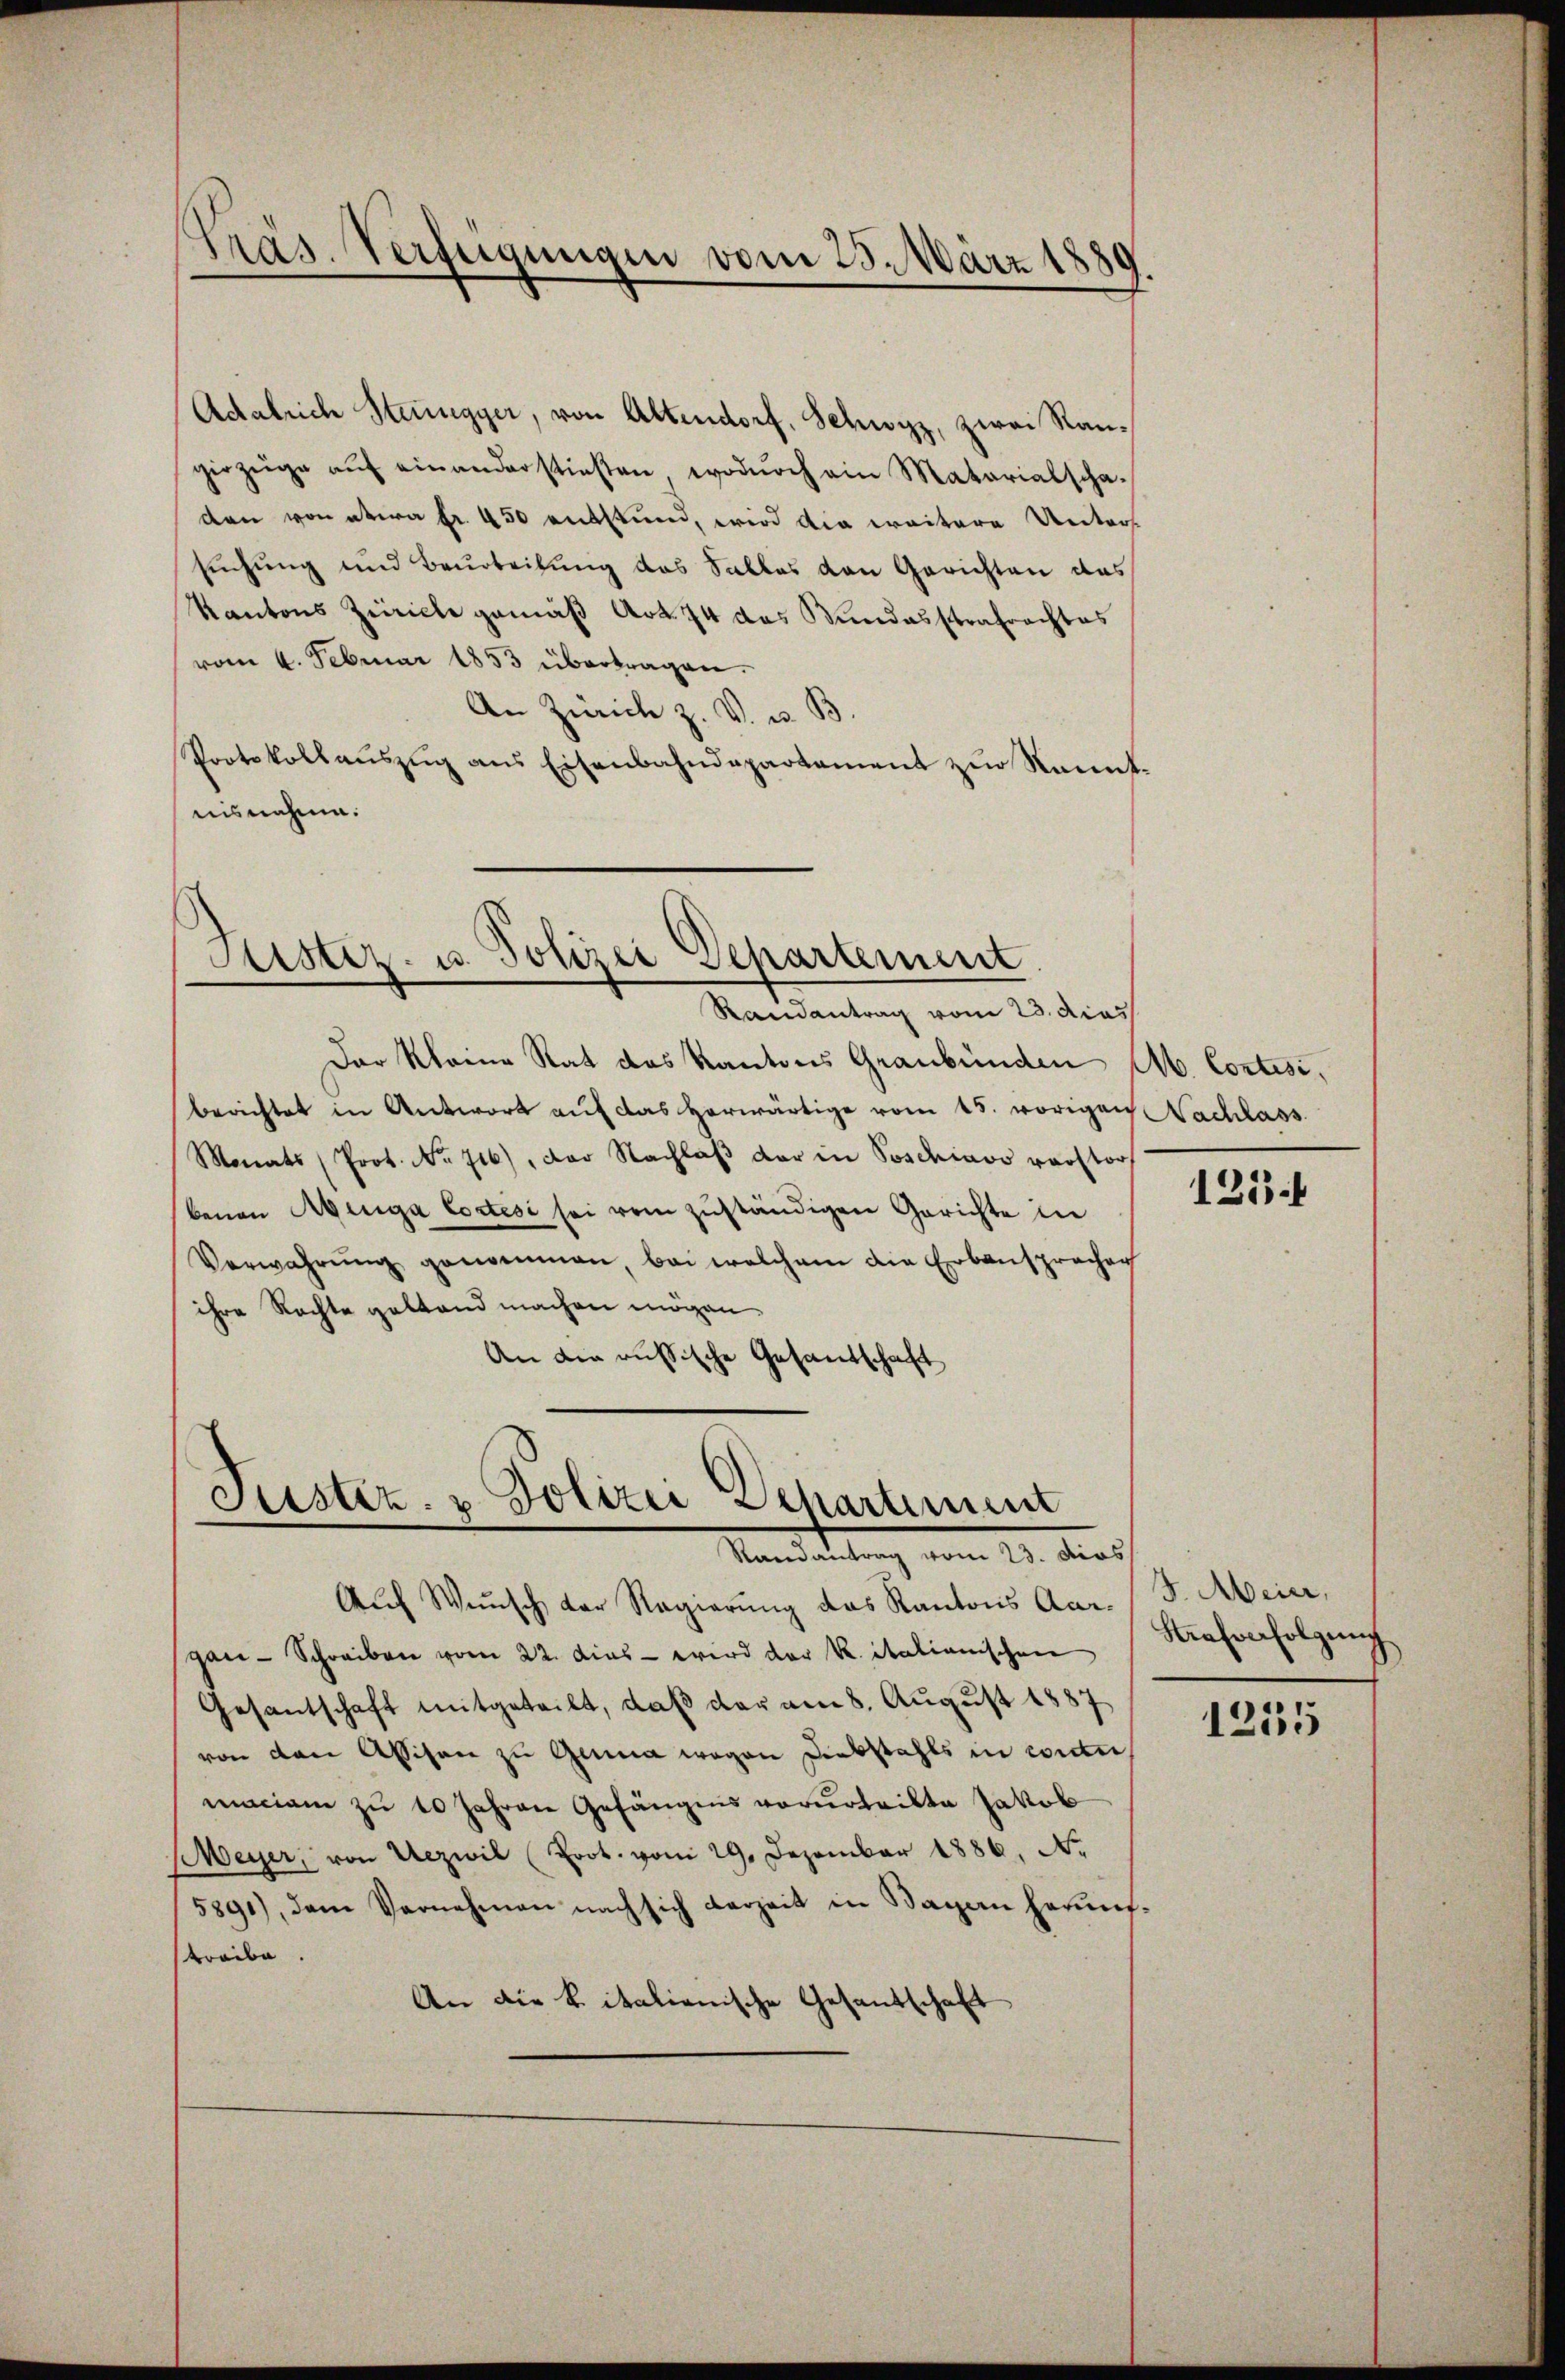
Adalrich Steinegger, von Altendorf, Schwyz, zwei Raugirzüge aŭf einanderstiesten, wodŭrch ein Matarialscha-
den von etwa Fr. 450 entstund, wird die weitere Unters
suchung und Beurteilung des Salles den Gerichten das
Kantons Züricle gemäß Art. 74 das Stundesstrafrachtes
vom 4. Februar 1853 übertragen.
An Zürich z. V. u. B.
Protokollauszug aus Eisenbahndepartement zur Kennt
nisnahme.

Präs. Verfügungen vom 25. März 1889.

Justiz- u. Polizei Departement.

Randantrag vom 23. dies
Der Kleine Rat das Kantons Graubünden M. Cortes,
berichtet in Antwort auf das herwärtige vom 15. vorigen Nachlass
Monats (Prot. No 716), der Nachlaβ der in Poschiavo verstor
benen Abenga Cortesi sei vom zuständigen Gerichte in
Verwahrŭng genommen, bei welchem die Erbansprachen
ihre Rechte gestand machen mögen.
An die aussische Gesandschaft

Justiz- & Polizei Departement
Randantrag vom 23. dies

Auch Wunsch der Regierung des Kantons Aar-
gan-Schreiben vom 22. Das wird der K. itationischen
Gesantschaft mitgeteilt, daß der am 8. August 1887
von den Aschen zu Genua wegen Diebstahls in conti
maciam zu 10 Jahren Gefängens verurteilte Jakob
Meyer, von Uezwil (Prot. vom 29. Dezember 1886, N.
5891), dem Vernehmen nach sich derzeit in Bagan herunf
treibe
An die k. italienische Gesantschaft

125.

J. Meier,
Strafverfolgung

1255